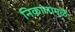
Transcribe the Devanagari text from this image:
निकालामुळे